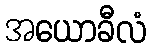
အယောခီလံ